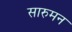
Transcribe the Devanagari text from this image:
सारुमन